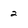
Character: 2